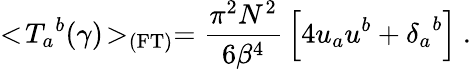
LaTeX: <\! {{T}_{a}}^{b}(\gamma)\! >_{\mathrm{(FT)}}={\frac{\pi^{2}N^{2}}{6{{\beta}}^{4}}}\left[4u_{a}u^{b}+{{\delta}_{a}}^{b}\right]\ .